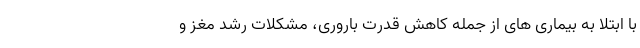
با ابتلا به بیماری های از جمله کاهش قدرت باروری، مشکلات رشد مغز و